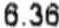
6.36